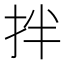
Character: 拌